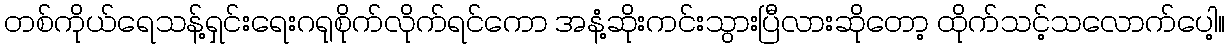
တစ်ကိုယ်ရေသန့်ရှင်းရေးဂရုစိုက်လိုက်ရင်ကော အနံ့ဆိုးကင်းသွားပြီလားဆိုတော့ ထိုက်သင့်သလောက်ပေါ့။